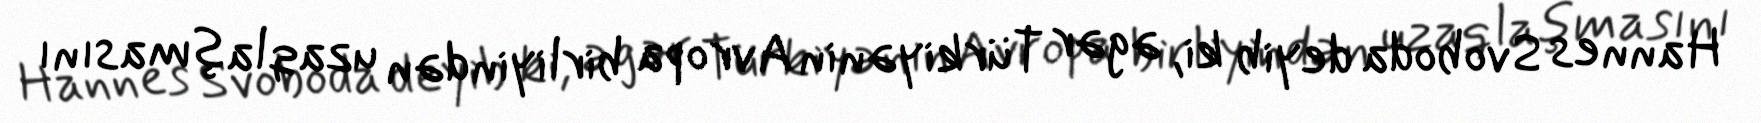
Hannes Svoboda deyib ki, əgər Türkiyənin Avropa birliyindən uzaqlaşmasını